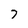
Character: 7